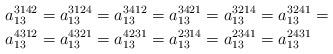
LaTeX: \begin{align*}a_{13}^{3142} & =a_{13}^{3124}=a_{13}^{3412}=a_{13}^{3421}=a_{13}^{3214}=a_{13}^{3241}=\\a_{13}^{4312} & =a_{13}^{4321}=a_{13}^{4231}=a_{13}^{2314}=a_{13}^{2341}=a_{13}^{2431}\end{align*}